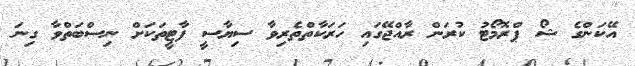
އޭކަންގެ ޝޯ ޕްރޮމޯޓު ކުރަން ރާއްޖޭގައި ހަރަކާތްތެރިވާ ސިޔާސީ ފާޓީތަކަށް ނިސްބަތްވާ ގިނަ